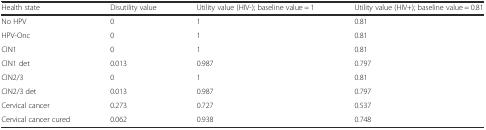
<table><thead><tr><td><b>Health state</b></td><td><b>Disutility value</b></td><td><b>Utility value (HIV-); baseline value = 1</b></td><td><b>Utility value (HIV+); baseline value = 0.81</b></td></tr></thead><tbody><tr><td>No HPV</td><td>0</td><td>1</td><td>0.81</td></tr><tr><td>HPV-Onc</td><td>0</td><td>1</td><td>0.81</td></tr><tr><td>CIN1</td><td>0</td><td>1</td><td>0.81</td></tr><tr><td>CIN1 det</td><td>0.013</td><td>0.987</td><td>0.797</td></tr><tr><td>CIN2/3</td><td>0</td><td>1</td><td>0.81</td></tr><tr><td>CIN2/3 det</td><td>0.013</td><td>0.987</td><td>0.797</td></tr><tr><td>Cervical cancer</td><td>0.273</td><td>0.727</td><td>0.537</td></tr><tr><td>Cervical cancer cured</td><td>0.062</td><td>0.938</td><td>0.748</td></tr></tbody></table>